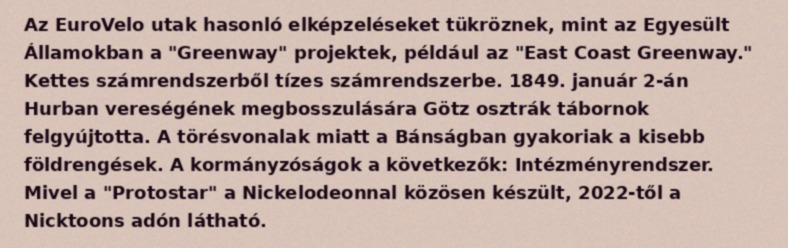
Az EuroVelo utak hasonló elképzeléseket tükröznek, mint az Egyesült Államokban a "Greenway" projektek, például az "East Coast Greenway." Kettes számrendszerből tízes számrendszerbe. 1849. január 2-án Hurban vereségének megbosszulására Götz osztrák tábornok felgyújtotta. A törésvonalak miatt a Bánságban gyakoriak a kisebb földrengések. A kormányzóságok a következők: Intézményrendszer. Mivel a "Protostar" a Nickelodeonnal közösen készült, 2022-től a Nicktoons adón látható.